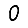
Digit: 0